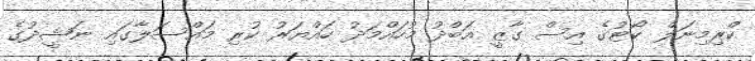
ކްރިމިނަލް ކޯޓުގެ އިސް ގާޒީ އަބްދު މުހައްމަދު ހައްޔަރު ކުރި މައްސަލާގައި ނަޝީދުގެ